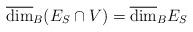
LaTeX: \begin{align*}\overline{\dim}_B(E_S\cap V)=\overline{\dim}_BE_S\end{align*}